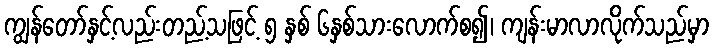
ကျွန်တော်နှင့်လည်းတည့်သဖြင့် ၅ နှစ် ၆နှစ်သားလောက်စ၍၊ ကျန်းမာလာလိုက်သည်မှာ